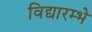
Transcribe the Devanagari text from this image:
विद्यारम्भे